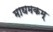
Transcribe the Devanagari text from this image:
माघमकम्